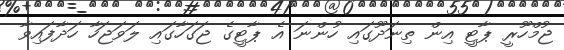
ޖުމްހޫރީ ޕާޓީ އިން ތިނަދޫގައި ހުންނަ އެ ޕާޓީގެ ޖަގަހާގައި ލަވަޖަހާ ހަދާފައިވާ